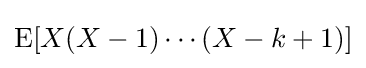
\operatorname {E} [X(X-1)\cdots (X-k+1)]